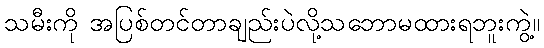
သမီးကို အပြစ်တင်တာချည်းပဲလို့သဘောမထားရဘူးကွဲ့။